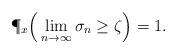
LaTeX: \begin{align*}\P_x \Big(\lim_{n \rightarrow \infty} \sigma_{n} \ge \zeta \Big)=1.\end{align*}